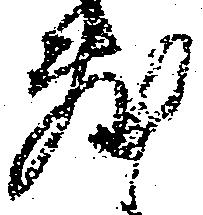
敷